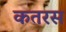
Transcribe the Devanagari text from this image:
कतरस